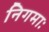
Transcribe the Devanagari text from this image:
निगमाः